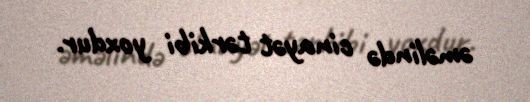
əməlində cinayət tərkibi yoxdur.